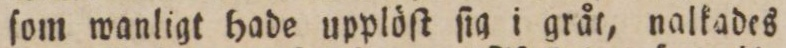
ſom wanligt hade upplöſt ſig i gråt, nalkades